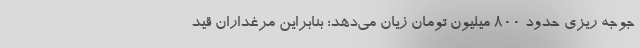
جوجه ریزی حدود ۸۰۰ میلیون تومان زیان می‌دهد؛ بنابراین مرغداران قید